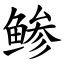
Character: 鲹